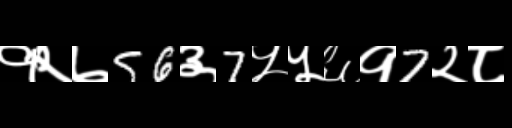
Text: १२७56३7५५६१7२८